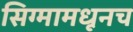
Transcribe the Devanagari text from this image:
सिग्मामधूनच